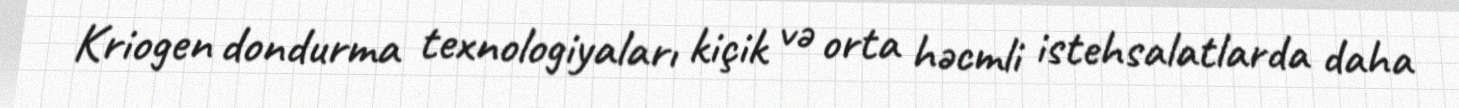
Kriogen dondurma texnologiyaları kiçik və orta həcmli istehsalatlarda daha